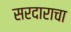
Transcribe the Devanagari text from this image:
सरदाराचा